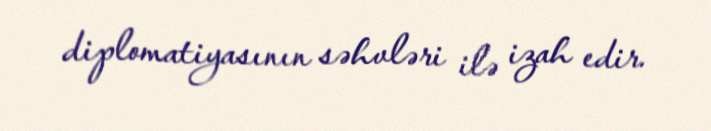
diplomatiyasının səhvləri ilə izah edir.